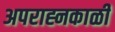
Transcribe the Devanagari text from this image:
अपराह्नकाळीं